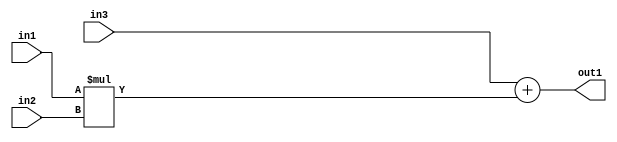
`timescale 1ps / 1ps
/*****************************************************************************
    Verilog RTL Description
    
    
    Created by: Stratus DpOpt 2019.1.01 
*******************************************************************************/

module SobelFilter_Add2Mul2s12u8u12_4 (
	in3,
	in2,
	in1,
	out1
	); /* architecture "behavioural" */ 
input [11:0] in3;
input [7:0] in2;
input [11:0] in1;
output [11:0] out1;
wire [11:0] asc001;

wire [11:0] asc001_tmp_0;
assign asc001_tmp_0 = 
	+(in3);
assign asc001 = asc001_tmp_0
	+(in1 * in2);

assign out1 = asc001;
endmodule

/* CADENCE  uLL5SAg= : u9/ySgnWtBlWxVPRXgAZ4Og= ** DO NOT EDIT THIS LINE ******/